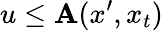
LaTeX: u\leq\mathbf{A}(x^{\prime},x_{t})